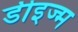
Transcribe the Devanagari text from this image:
डीइज्म